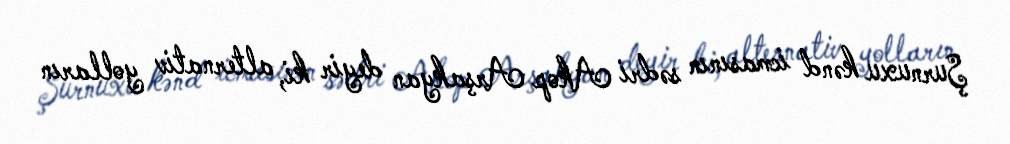
Şurnuxu kənd icmasının sədri Akop Arşakyan deyir ki, alternativ yolların